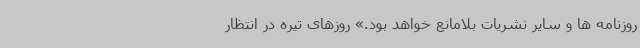
روزنامه ها و سایر نشریات بلامانع خواهد بود.» روزهای تیره در انتظار